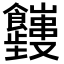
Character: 𬲤